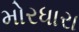
મોરધારા